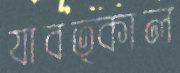
যাবত্কাল